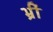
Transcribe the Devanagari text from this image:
भ्रीं